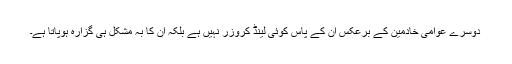
دوسرے عوامی خادمین کے برعکس ان کے پاس کوئی لینڈ کروزر نہیں ہے بلکہ ان کا بہ مشکل ہی گزارہ ہوپاتا ہے۔